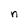
Character: n